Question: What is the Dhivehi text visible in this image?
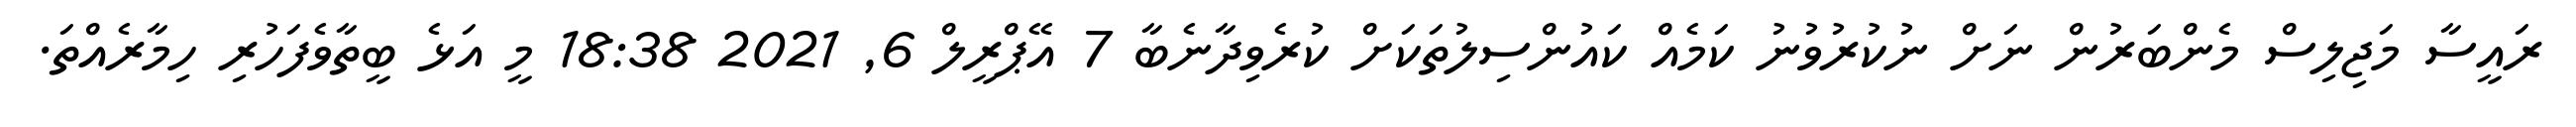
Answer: ރައީސާ މަޖިލިސް މެންބަރުން ނަށް ނުކުރުވުނު ކަމެއް ކައުންސިލުތަކަށް ކުރެވިދާނެބާ 7 އޭޕްރީލް 6, 2021 18:38 މީ އަޅެ ބީތާވެފަހުރި ހިމާރެއްތަ.